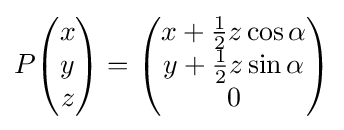
P{\begin{pmatrix}x\\y\\z\end{pmatrix}}={\begin{pmatrix}x+{\frac {1}{2}}z\cos \alpha \\y+{\frac {1}{2}}z\sin \alpha \\0\end{pmatrix}}